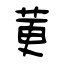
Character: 莄